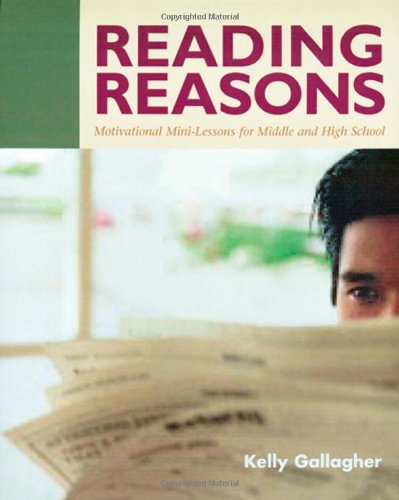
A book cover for Reading Reasons: Motivational Mini-Lessons for Middle and High School; Kelly Gallagher; Reference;